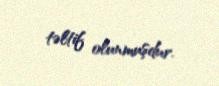
təltif olunmuşdur.